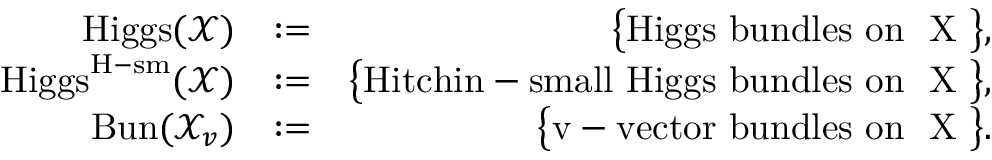
\begin{array} { r l r } { \mathrm { H i g g s } ( { \mathcal X } ) } & { : = } & { \big \{ \mathrm { H i g g s ~ b u n d l e s ~ o n ~ { \mathcal ~ X } ~ } \big \} , } \\ { \mathrm { H i g g s } ^ { \mathrm { H \mathrm { - } s m } } ( { \mathcal X } ) } & { : = } & { \big \{ \mathrm { H i t c h i n - s m a l l ~ H i g g s ~ b u n d l e s ~ o n ~ { \mathcal ~ X } ~ } \big \} , } \\ { \mathrm { B u n } ( { \mathcal X } _ { v } ) } & { : = } & { \big \{ \mathrm { v - v e c t o r ~ b u n d l e s ~ o n ~ { \mathcal ~ X } ~ } \big \} . } \end{array}